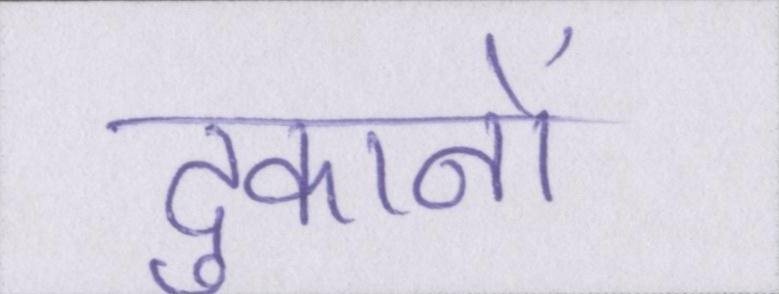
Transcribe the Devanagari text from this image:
दुकानों